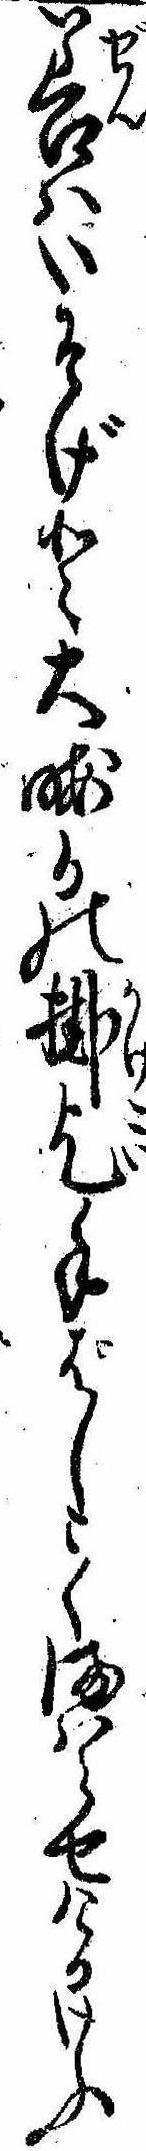
善はいそげと大晦日の掛乞手ばしこくまはらせけるけふ